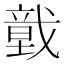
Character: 𢨀